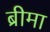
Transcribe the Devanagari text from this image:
ब्रीमा